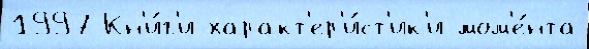
1997 Кн'и́г'и характ'ер'и́ст'ик'и мом'е́нта